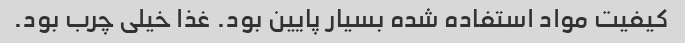
کیفیت مواد استفاده شده بسیار پایین بود. غذا خیلی چرب بود.